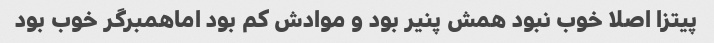
پیتزا اصلا خوب نبود همش پنیر بود و موادش کم بود اماهمبرگر خوب بود